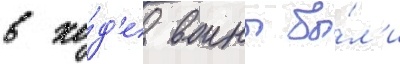
в хо́д'е воины бы́л'и